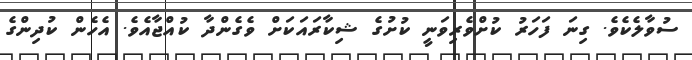
ސުވާލެކެވެ. ގިނަ ފަހަރު ކުށްވެރިވަނީ ކުށުގެ ޝިކާރައަކަށް ވެގެންދާ ކުއްޖާއެވެ. އެހެން ކުދިންގެ